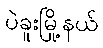
ပဲခူးမြို့နယ်